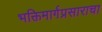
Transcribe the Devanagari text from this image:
भक्तिमार्गप्रसाराचा